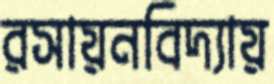
রসায়নবিদ্যায়